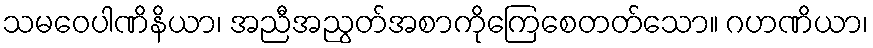
သမဝေပါဏိနိယာ၊ အညီအညွတ်အစာကိုကြေစေတတ်သော။ ဂဟဏိယာ၊